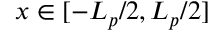
x \in [ - L _ { p } / 2 , L _ { p } / 2 ]